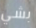
بشي